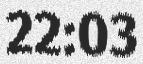
22:03